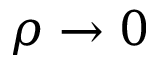
\rho \to 0